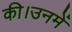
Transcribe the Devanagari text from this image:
की।उनमें